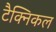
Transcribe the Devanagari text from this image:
टैक्निकल